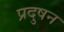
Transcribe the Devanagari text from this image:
प्रदुषन